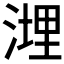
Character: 𱧮